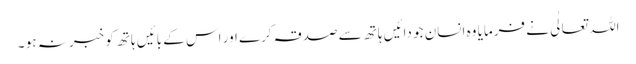
اللہ تعالٰی نے فرمایا وہ انسان جو دائیں ہاتھ سے صدقہ کرے اور اس کے بائیں ہاتھ کو خبر نہ ہو ۔